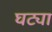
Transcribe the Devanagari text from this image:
घट्या